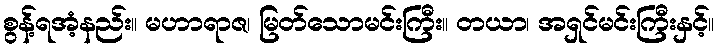
စွန့်ရအံ့နည်း။ မဟာရာဇ၊ မြတ်သောမင်းကြီး။ တယာ၊ အရှင်မင်းကြီးနှင့်။